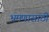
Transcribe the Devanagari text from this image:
भ्रमणासाठी